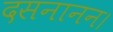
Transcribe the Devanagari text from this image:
दसनानन।